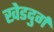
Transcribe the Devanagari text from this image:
खेडदुर्ग